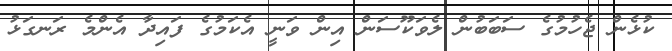
ކުޅެން ޖެހުމުގެ ސަބަބުން ލެވަކޫސަން އިން ވަނީ އެކަމުގެ ފައިދާ އެންމެ ރަނގަޅު